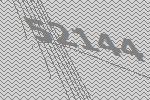
52144